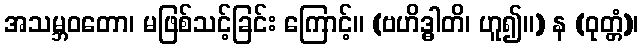
အသမ္ဘဝတော၊ မဖြစ်သင့်ခြင်း ကြောင့်။ (ဗဟိဒ္ဓါတိ၊ ဟူ၍။) န (ဝုတ္တံ)၊